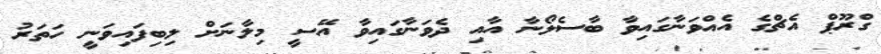
ގްރޫޕް އެޗްގެ އެއްވަނާގައިވާ ބާސެލޯނާ އާއި ދެވަނާގައިވާ އޭސީ މިލާނަށް ލިބިފައިވަނީ ހަތަރު